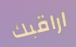
اراقبك